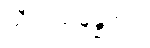
သီလသမ္ပန္နတရံ